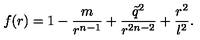
f ( r ) = 1 - \frac { m } { r ^ { n - 1 } } + \frac { \tilde { q } ^ { 2 } } { r ^ { 2 n - 2 } } + \frac { r ^ { 2 } } { l ^ { 2 } } .